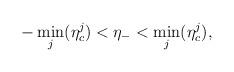
LaTeX: \begin{align*}-\min_{j}(\eta^{j}_{c}) < \eta_{-} < \min_{j}(\eta^{j}_{c}),\end{align*}